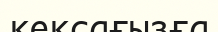
кексағызға